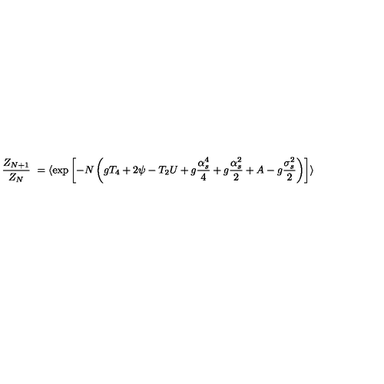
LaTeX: { \frac { Z _ { N + 1 } } { Z _ { N } } } \ = \langle \exp \left[ - N \left( g T _ { 4 } + 2 \psi - T _ { 2 } U + g { \frac { \alpha _ { s } ^ { 4 } } { 4 } } + g { \frac { \alpha _ { s } ^ { 2 } } { 2 } } + A - g { \frac { \sigma _ { s } ^ { 2 } } { 2 } } \right) \right] \rangle